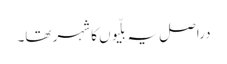
دراصل یہ بلّیوں کا شہر تھا۔